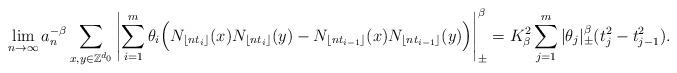
LaTeX: \begin{align*} \lim_{n\rightarrow\infty}a_n^{-\beta}\sum_{x,y\in\mathbb Z^{d_0}}\left|\sum_{i=1}^m\theta_i\Big(N_{\lfloor nt_i\rfloor}(x)N_{\lfloor nt_i\rfloor}(y)-N_{\lfloor nt_{i-1}\rfloor}(x)N_{\lfloor nt_{i-1}\rfloor}(y)\Big)\right|_\pm^\beta=K_\beta^2\sum_{j=1}^m|\theta_j|_\pm^\beta(t_j^2-t_{j-1}^2) .\end{align*}